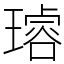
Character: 𤩅